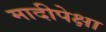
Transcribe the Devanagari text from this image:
मादीपेक्षा